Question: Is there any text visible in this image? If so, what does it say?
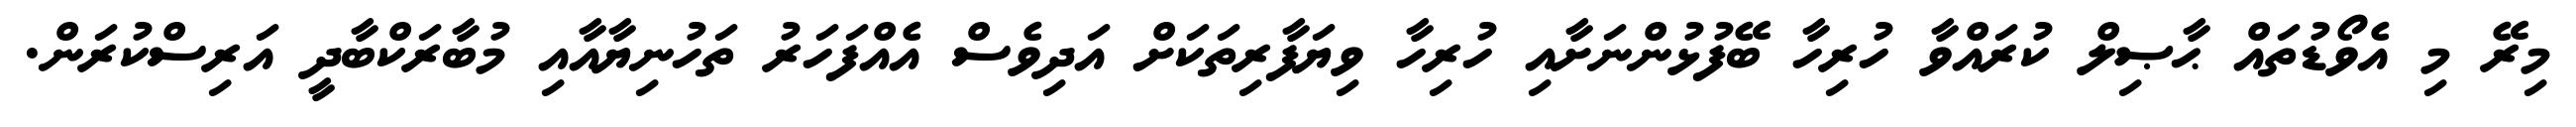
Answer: މިރޭ މި އެވޯޑުތައް ޙާޞިލް ކުރައްވާ ހުރިހާ ބޭފުޅުންނަށާއި ހުރިހާ ވިޔަފާރިތަކަށް އަދިވެސް އެއްފަހަރު ތަހުނިޔާއާއި މުބާރަކްބާދީ އަރިސްކުރަން.